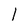
Character: l